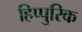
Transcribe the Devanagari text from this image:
हिप्पुरिक